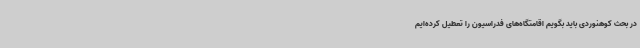
در بحث کوهنوردی باید بگویم اقامتگاه‌های فدراسیون را تعطیل کرده‌ایم